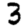
Digit: 3